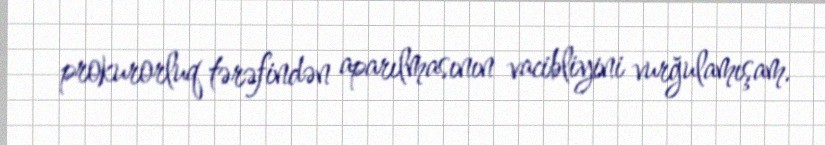
prokurorluq tərəfindən aparılmasının vacibliyini vurğulamışam.